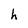
Character: h